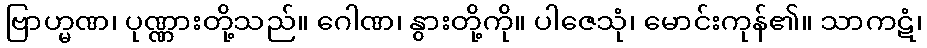
ဗြာဟ္မဏ၊ ပုဏ္ဏားတို့သည်။ ဂေါဏ၊ နွားတို့ကို။ ပါဇေသုံ၊ မောင်းကုန်၏။ သာကဋံ၊